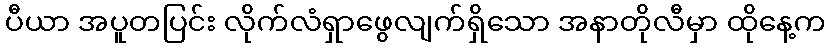
ပီယာ အပူတပြင်း လိုက်လံရှာဖွေလျက်ရှိသော အနာတိုလီမှာ ထိုနေ့က